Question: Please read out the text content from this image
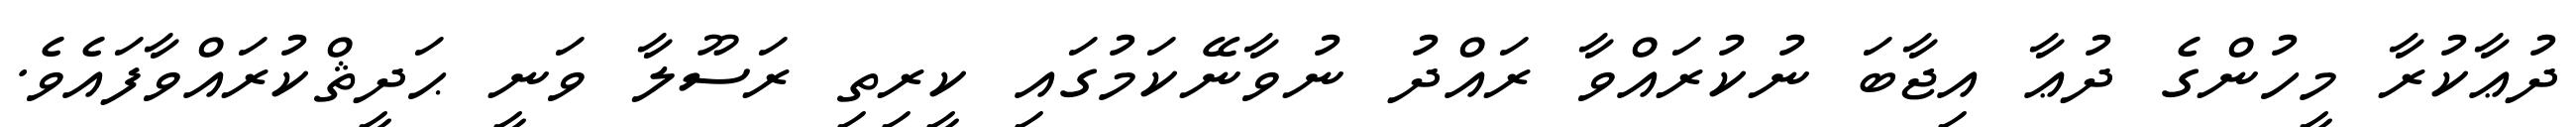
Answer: ދުޢާކުރާ މީހުންގެ ދުޢާ އިޖާބަ ނުކުރައްވާ ރައްދު ނުވާނޭކަމުގައި ކީރިތި ރަސޫލާ ވަނީ ޙަދީޘްކުރައްވާފައެވެ.